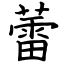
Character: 蕾